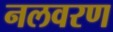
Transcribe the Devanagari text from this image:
नलवरण